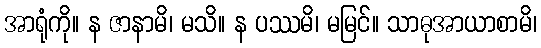
အာရုံကို။ န ဇာနာမိ၊ မသိ။ န ပဿမိ၊ မမြင်။ သာဓုအာယာစာမိ၊